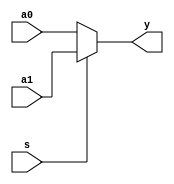
/************************************************
  The Verilog HDL code example is from the book
  Computer Principles and Design in Verilog HDL
  by Yamin Li, published by A JOHN WILEY & SONS
************************************************/
module mux2x1_behavioral_function_if_else (a0,a1,s,y);       // multiplexer,
    input  s, a0, a1;             // inputs                  //     function
    output y;                     // output                  //     if else
    assign y = sel (a0,a1,s);     // call a function with parameters
    function sel;                 // function name (= return value)
        input a,b,c;              // notice the order of the input arguments
        if (c) sel = b;           // if (c==1) return value = b
        else   sel = a;           // if (c==0) return value = a
    endfunction
endmodule